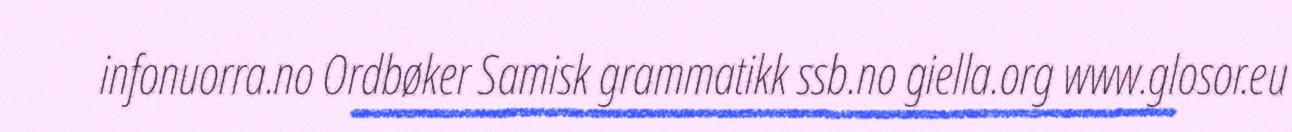
infonuorra.no Ordbøker Samisk grammatikk ssb.no giella.org www.glosor.eu